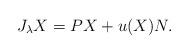
LaTeX: \begin{align*} J_{\lambda} X = P X + u(X)N.\end{align*}